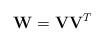
LaTeX: \begin{align*}\mathbf{W} = \mathbf{V}\mathbf{V}^{T}\end{align*}